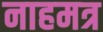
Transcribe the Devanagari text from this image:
नाहमत्र